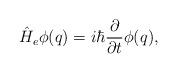
LaTeX: \begin{align*}\hat{H}_e\phi(q)=i\hbar\frac{\partial}{\partial t}\phi(q),\end{align*}